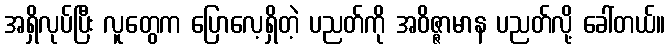
အရှိလုပ်ပြီး လူတွေက ပြောလေ့ရှိတဲ့ ပညတ်ကို အဝိဇ္ဇာမာန ပညတ်လို့ ခေါ်တယ်။